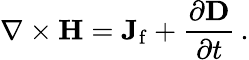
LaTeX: \mathbf{\nabla}\times\mathbf{H}=\mathbf{J}_{\mathrm{f}}+{\frac{\partial\mathbf{D}}{\partial t}}\, .